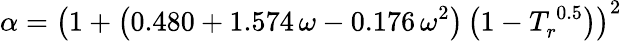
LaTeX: \alpha=\left(1+\left(0.480+1.574\, \omega-0.176\, \omega^{2}\right)\left(1-T_{r}^{\, 0.5}\right)\right)^{2}